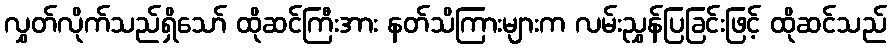
လွှတ်လိုက်သည်ရှိသော် ထိုဆင်ကြီးအား နတ်သိကြားများက လမ်းညွှန်ပြခြင်းဖြင့် ထိုဆင်သည်